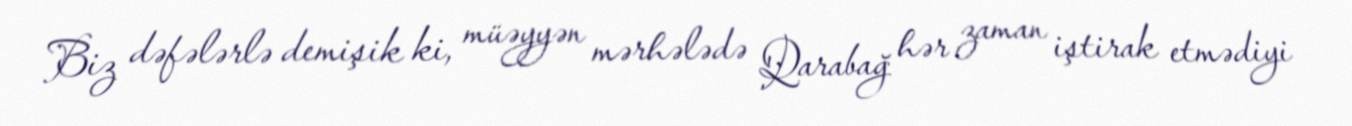
Biz dəfələrlə demişik ki, müəyyən mərhələdə Qarabağ hər zaman iştirak etmədiyi